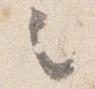
之